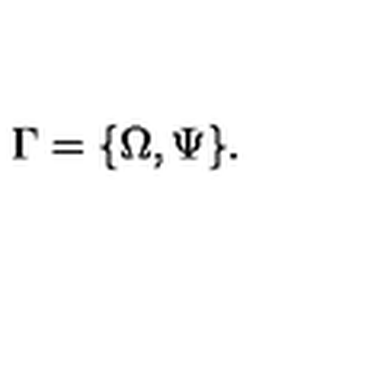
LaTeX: \Gamma = \{ \Omega , \Psi \} .